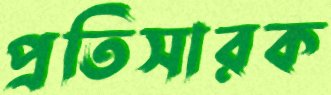
প্রতিসারক